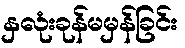
နှလုံးခုန်မမှန်ခြင်း